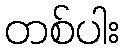
တစ်ပါး